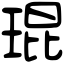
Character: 琨